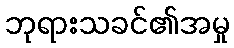
ဘုရားသခင်၏အမှု